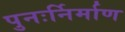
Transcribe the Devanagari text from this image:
पुनःर्निर्माण